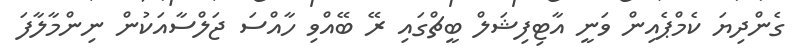
ގެންދިޔަ ކެމްޕެއިން ވަނީ އާޓިފިޝަލް ބީޗްގައި ރޭ ބޭއްވި ހާއްސަ ޖަލްސާއަކުން ނިންމާލާފަ